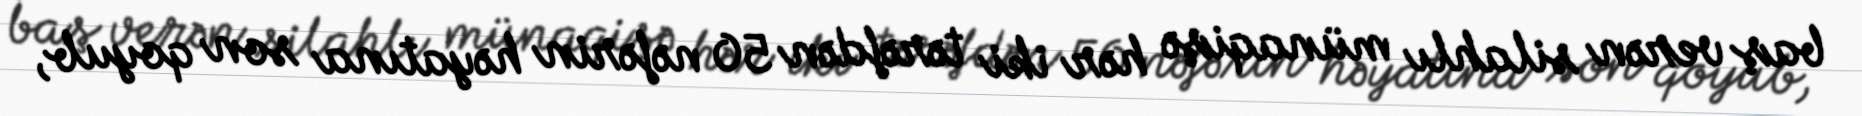
baş verən silahlı münaqişə hər iki tərəfdən 50 nəfərin həyatına son qoyub,